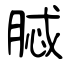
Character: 脦